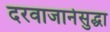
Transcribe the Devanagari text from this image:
दरवाजानेसुद्धा